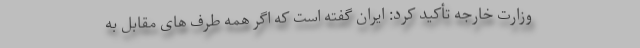
وزارت خارجه تأکید کرد: ایران گفته است که اگر همه طرف های مقابل به